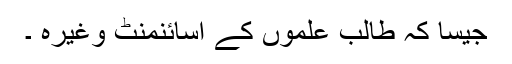
جیسا کہ طالب علموں کے اسائنمنٹ وغیرہ ۔